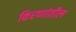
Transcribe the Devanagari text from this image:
किरणांतील